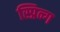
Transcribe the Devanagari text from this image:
स्प्रिन्ग